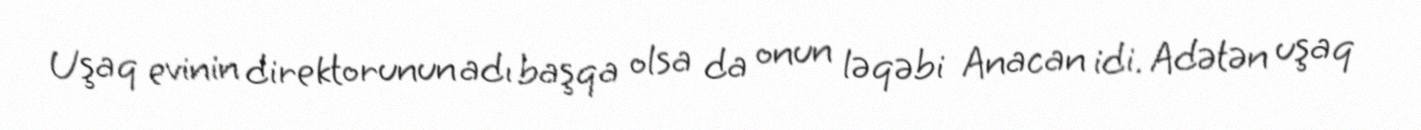
Uşaq evinin direktorunun adı başqa olsa da onun ləqəbi Anacan idi. Adətən uşaq